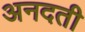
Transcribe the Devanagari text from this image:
अनदती